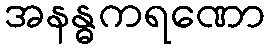
အနန္ဓကရဏော